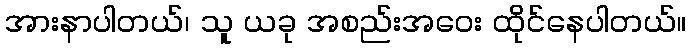
အားနာပါတယ်၊ သူ ယခု အစည်းအဝေး ထိုင်နေပါတယ်။